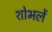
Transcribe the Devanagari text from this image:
शोभलें